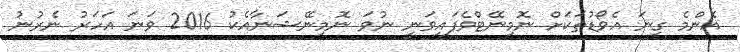
އެންމެ ގިނަ އެވޯޑުތަކަށް ނޮމިނޭޓްވެފައިވަނީ ނުވަ ނޮމިނޭޝަނާއެކު 2016 ވަނަ އަހަރު ނެރުނު